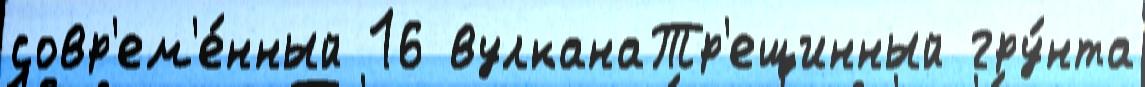
совр'ем'е́нный 16 вулканаТр'ещинный гру́нта